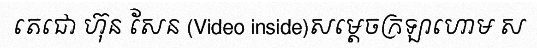
តេជោ ហ៊ុន សែន (Video inside)សម្តេចក្រឡាហោម ស